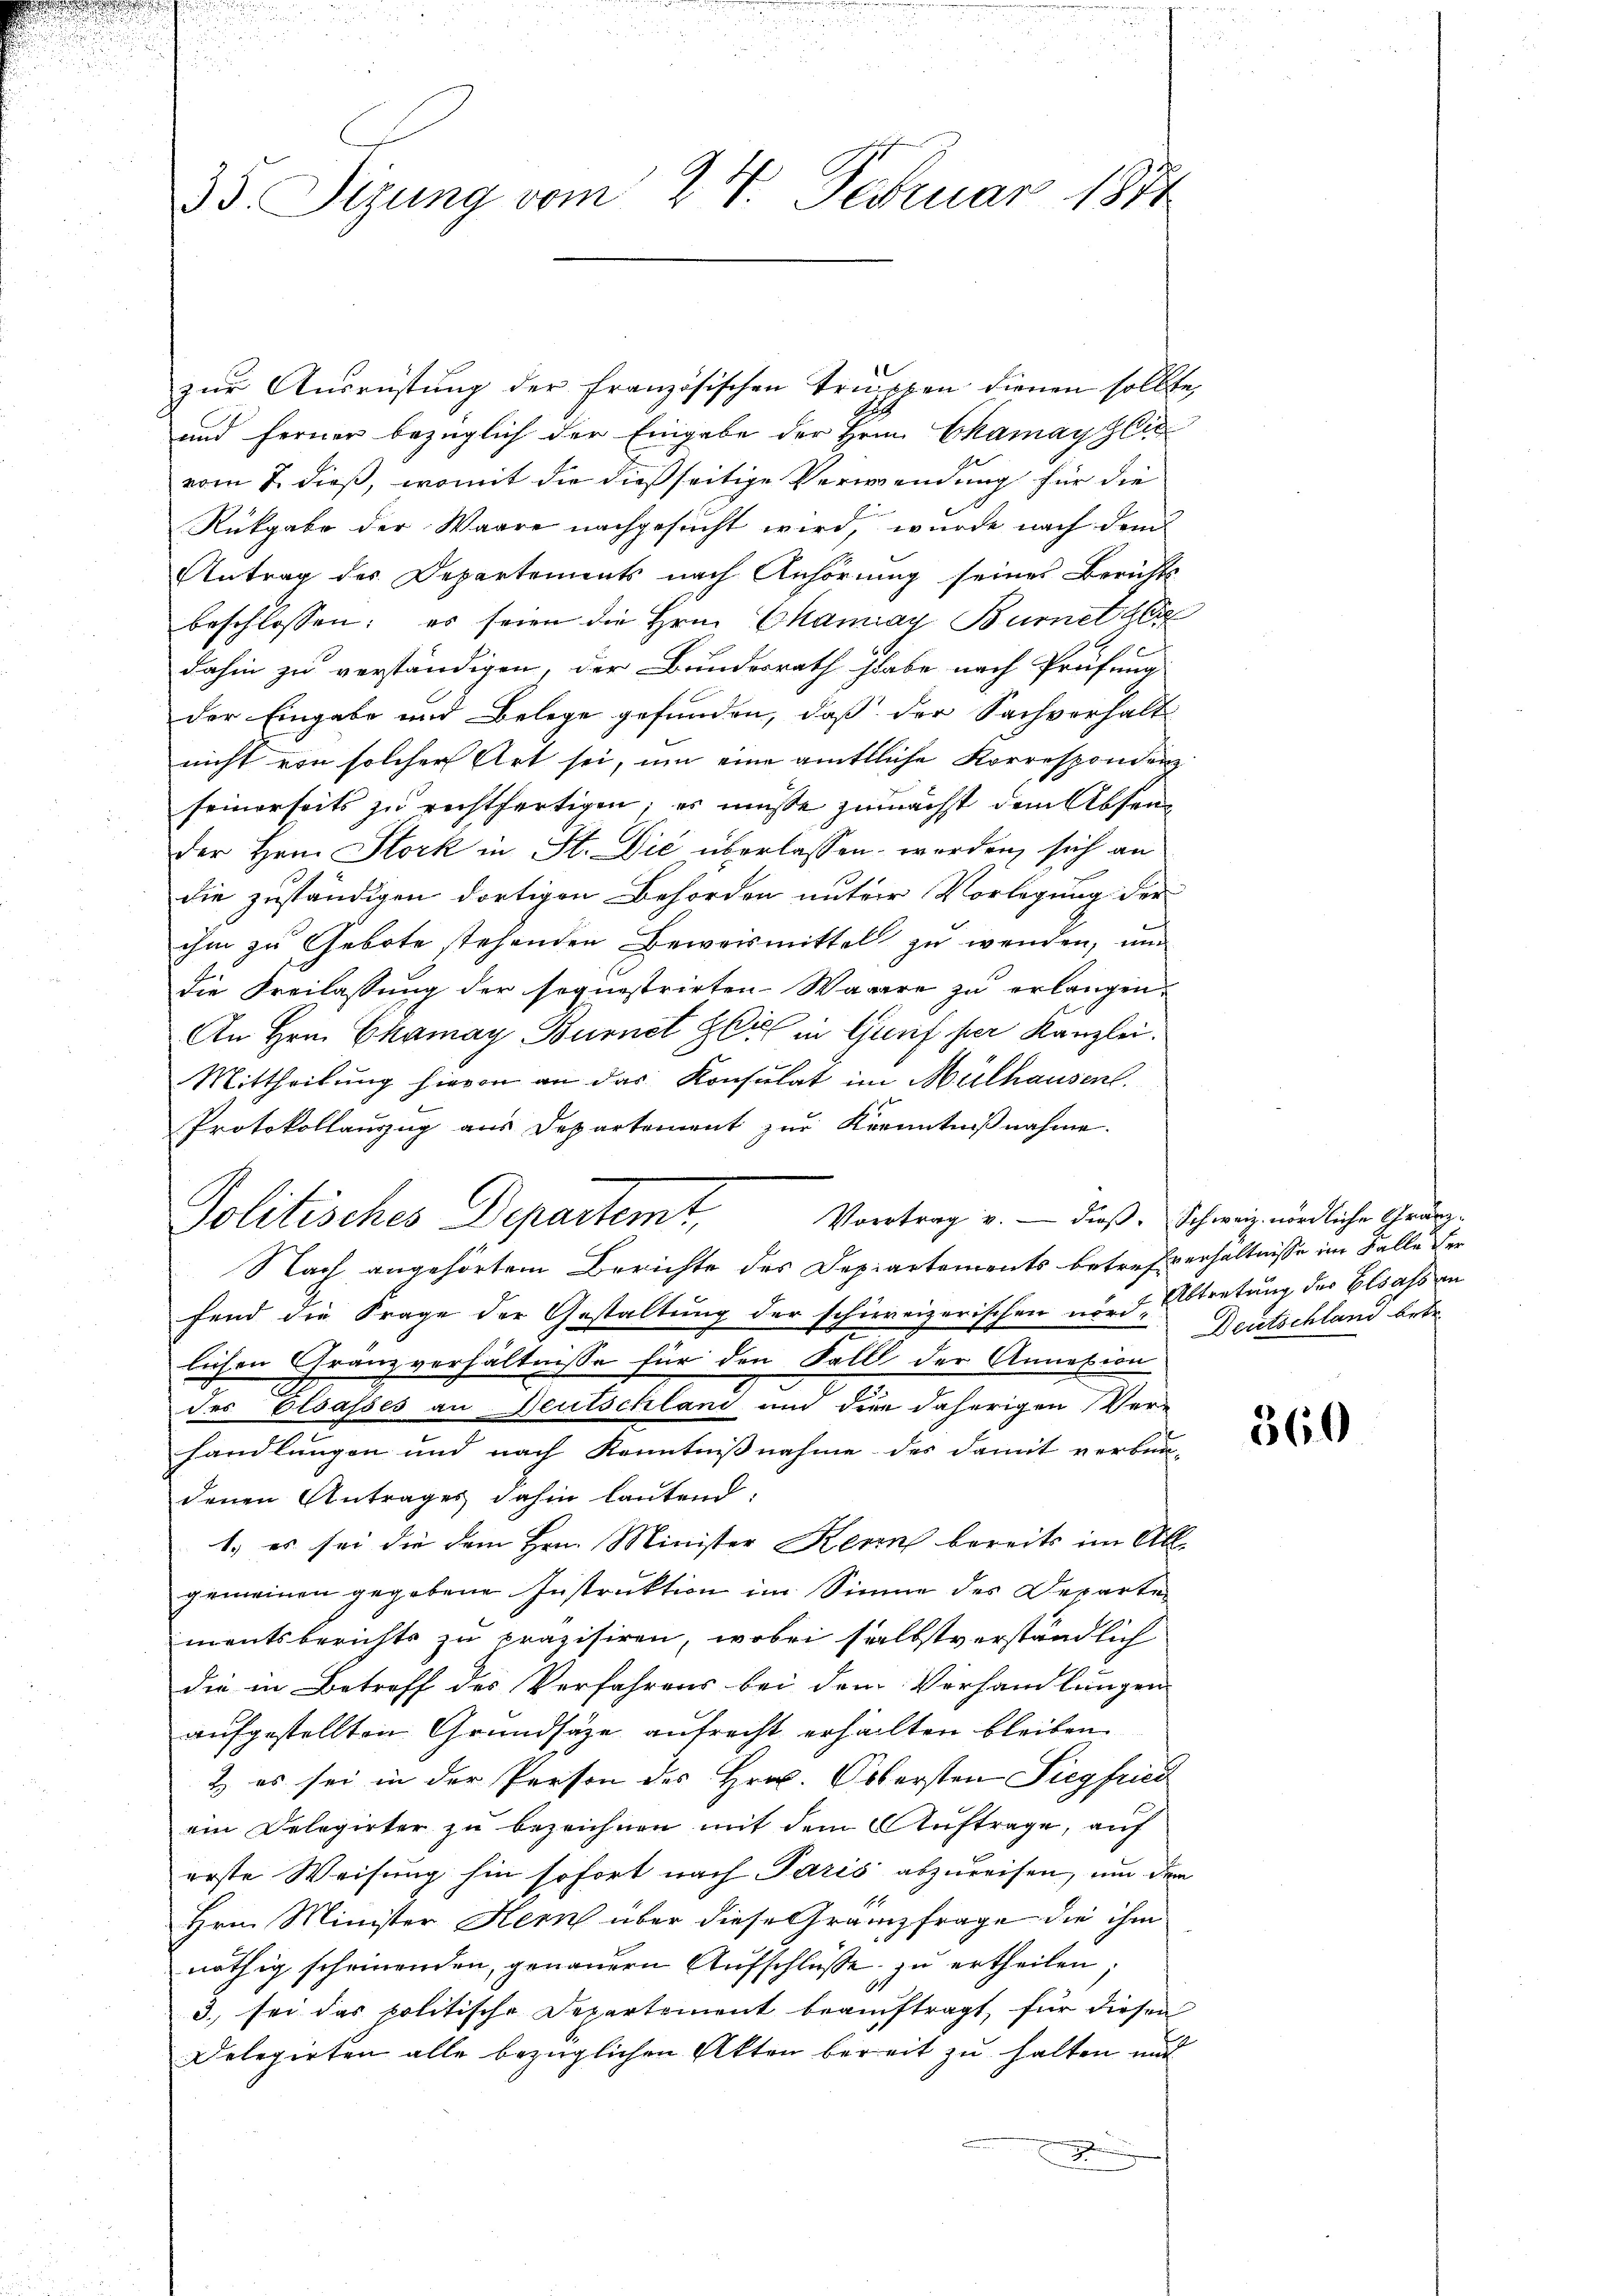
d

35 Sezung vom 24. Februar 1844

zur Ausrüstung der französischen Truppen dienen sollte,
und ferner bezüglich der Eingabe der Hrn. Ekamayglic
vom 2. dieß, womit die dießseitige Verwendung für die
Rükgabe der Waare nachgesucht wird, wurde nach dem
Antrag des Departements nach Anhörung seines Berichts
beschlossen; es seien die Hrn. Chanay Burnethli
dahin zu verständigen, der Bundesrath habe nach Prüfung
der Eingabe und Belege gefunden, daß der Sachverhalt
nicht von solcher Art sei, um eine amtliche Korrespondenz
seinerseits zu rechtfertigen; es müsse zunächst dem Absen
der Hern Stock in St. Die überlassen worden, sich an
die zuständigen dortigen Behörden untere Vorlegung der
ihm zu Gebote stehenden Beweismittel zu wenden, und
die Freilassung der sequestrirten Waare zu erlangen.
An Hrn. Chamay Burnet Gli in Gunf per Kanzlei.
Mittheilung hievon an das Konsulat im Mülhausent.
Protokollauszug aus Departement zur Krenntnißnahme.
Vortrag u. — dieß. Schweiz. nördliche Gränz¬
Nach angehörtem Berichte des Departements betrefverhältnisse im Falle der
fend die Frage der Gestaltung der schirreizerischen nörd Abtretung des Elsass in
lichen Gränzverhältnisse für den Fall der Annexion
des Elsasses an Deutschland und dien daherigen Verhandlungen und nach Kenntnißnahme des damit verbun-
denen Antrages dahin lautend.
1.) es sei die dem Hrn. Minister Kern bereits im All-
gemeinen gegebene Instruktion im Sinne des Departe
mentsberichts zu präzisiren, wobei selbstverständlich
die in Betreff des Verfahrens bei dem Verhandlungen
aufgestellten Grundsätze aufrecht erhallten bleiben.
2) es sei in der Person des Hrn. Obersten Siegfried
ein Delegirter zŭ bezeichnen mit dem Aŭftrage, auf
erste Weisung hin sofort nach Paris abzureisen, um dem
Hrn. Minister Hern über diese Granzfrage die ihm
nöthig scheinenden, genauern Aufschlüsse zu ertheilen,
3. sei das politische Departement beauftragt, für diesen
Delegirten alle bezüglichen Akten bereit zu halten mit

Politisches Departemt,

Deutschland betr.

360